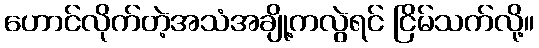
ဟောင်လိုက်တဲ့အသံအချို့ကလွဲရင် ငြိမ်သက်လို့။